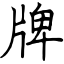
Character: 牌